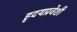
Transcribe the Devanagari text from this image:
हृदयप्रवेशी